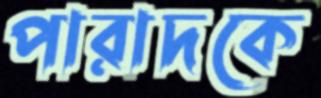
পারাদকে